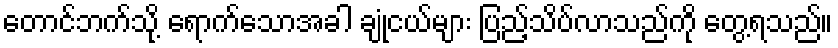
တောင်ဘက်သို့ ရောက်သောအခါ ချုံငယ်များ ပြည့်သိပ်လာသည်ကို တွေ့ရသည်။